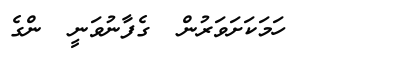
١٢٣     ހަމަކަށަވަރުން  ގެފާނުވަނީ  ންގެ